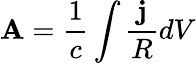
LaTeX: \textbf{A}=\frac{1}{c}\int\frac{\textbf{j}}{R}dV